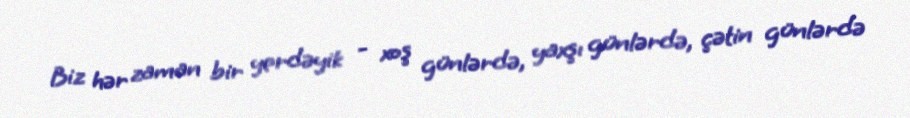
Biz hər zaman bir yerdəyik - xoş günlərdə, yaxşı günlərdə, çətin günlərdə